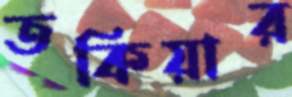
তকিয়ার